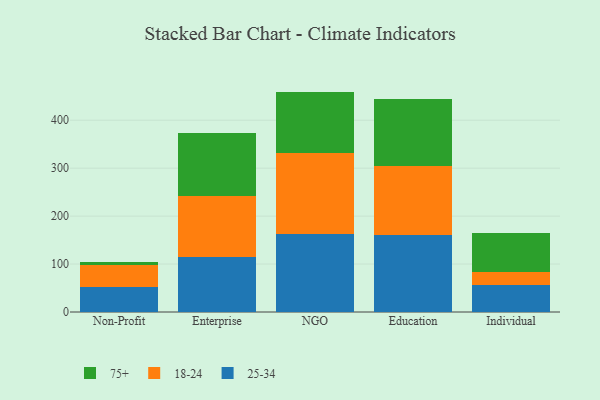
{"axis": {"x": "Segment", "y": "Energy Usage (MWh)"}, "legend": ["18-24", "25-34", "75+"], "data": [{"x": "Non-Profit", "y": 52.6, "type": "25-34"}, {"x": "Non-Profit", "y": 44.7, "type": "18-24"}, {"x": "Non-Profit", "y": 7.9, "type": "75+"}, {"x": "Enterprise", "y": 114.0, "type": "25-34"}, {"x": "Enterprise", "y": 127.3, "type": "18-24"}, {"x": "Enterprise", "y": 132.3, "type": "75+"}, {"x": "NGO", "y": 163.6, "type": "25-34"}, {"x": "NGO", "y": 168.5, "type": "18-24"}, {"x": "NGO", "y": 127.6, "type": "75+"}, {"x": "Education", "y": 159.8, "type": "25-34"}, {"x": "Education", "y": 144.0, "type": "18-24"}, {"x": "Education", "y": 139.9, "type": "75+"}, {"x": "Individual", "y": 56.3, "type": "25-34"}, {"x": "Individual", "y": 26.6, "type": "18-24"}, {"x": "Individual", "y": 82.5, "type": "75+"}]}